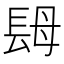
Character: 𨱱